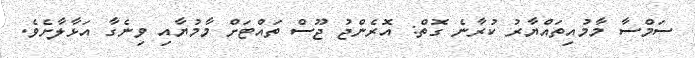
ސަމްސާ މާމުއިތައްޔާރު ކުރާނެ ގޮތް: އޮރެންޖު ޖޫސް ތައްޓަށް މާމުޔާއި ވިނެގާ އަޅާލާށެވެ.